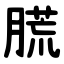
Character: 䐠